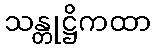
သန္တုဋ္ဌိကထာ